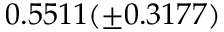
0 . 5 5 1 1 ( \pm 0 . 3 1 7 7 )